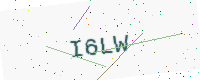
Text: I6LW